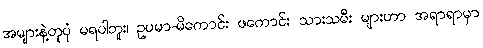
အများနဲ့တူပုံ မရပါဘူး၊ ဥပမာ-မိကောင်း ဖကောင်း သားသမီး များဟာ အရာရာမှာ